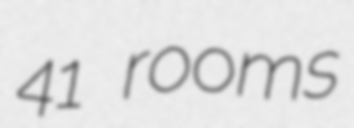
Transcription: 41 rooms